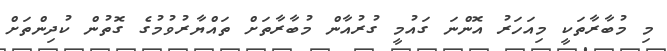
މި މުބާރާތަކީ މިއަހަރު އޮންނަ ގައުމީ ގުރުއާން މުބާރާތަށް ތައްޔާރުވުމުގެ ގޮތުން ކުދިންތަށް